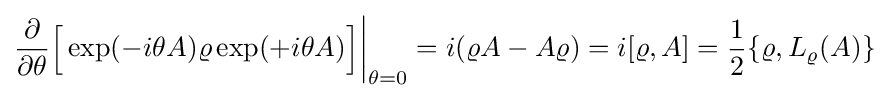
{\frac {\partial }{\partial \theta }}{\Big [}\exp(-i\theta A)\varrho \exp(+i\theta A){\Big ]}{\bigg \vert }_{\theta =0}=i(\varrho A-A\varrho )=i[\varrho ,A]={\frac {1}{2}}\{\varrho ,L_{\varrho }(A)\}